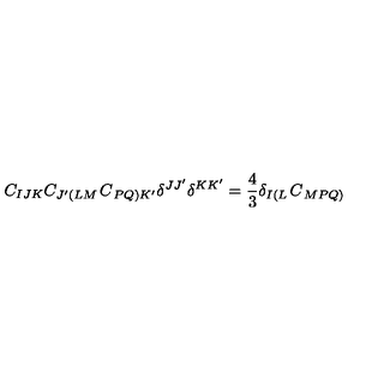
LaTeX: C _ { I J K } C _ { J ^ { \prime } \left( L M \right. } C _ { \left. P Q \right) K ^ { \prime } } \delta ^ { J J ^ { \prime } } \delta ^ { K K ^ { \prime } } = \frac { 4 } { 3 } \delta _ { I \left( L \right. } C _ { \left. M P Q \right) }